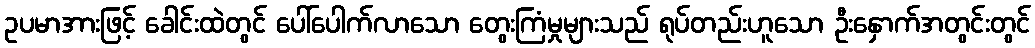
ဥပမာအားဖြင့် ခေါင်းထဲတွင် ပေါ်ပေါက်လာသော တွေးကြံမှုများသည် ရုပ်တည်းဟူသော ဦးနှောက်အတွင်းတွင်